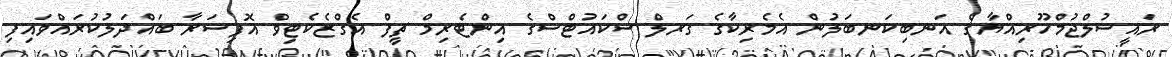
ރައީސުލްޖުމްހޫރިއްޔާގެ އަނބިކަނބަލުން އެމެރިކާގެ ގަރލް ސްކައުޓްސްގެ އިންޓެރިމް ޗީފް އެގްޒެކެޓިވް އޮފިސަރާ ބައްދަލުކުރައްވައިފި